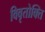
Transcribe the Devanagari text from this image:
विवृतोक्ति